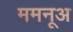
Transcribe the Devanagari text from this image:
ममनूअ